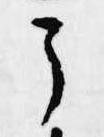
了